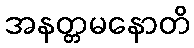
အနတ္တမနောတိ